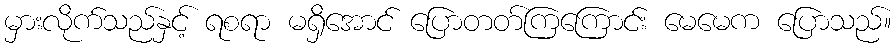
မှားလိုက်သည်နှင့် ရစရာ မရှိအောင် ပြောတတ်ကြကြောင်း မေမေက ပြောသည်။